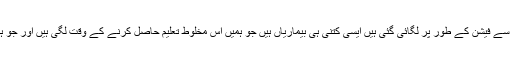
اور یہ بیماریاں ہمارے نوجوانوں کو تعلیمی اداروں سے فیشن کے طور پر لگائی گئی ہیں ایسی کتنی ہی بیماریاں ہیں جو ہمیں اس مخلوط تعلیم حاصل کرنے کے وقت لگی ہیں اور جو ہماری رگوں میں خون کی طرح گردش کررہی ہیں۔